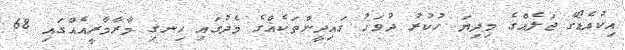
އިކުއެޑޯގެ ޖަލެއްގެ މިދިޔަ ހުކުރު ދުވަހު ގައިދީންތަކެއްގެ މެދުގައި ހިނގި މާރާމާރީއެއްގައި 68